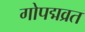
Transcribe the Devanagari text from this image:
गोपद्मव्रत